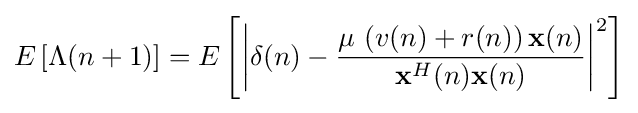
E\left[\Lambda (n+1)\right]=E\left[\left|\mathbf {\delta } (n)-{\frac {\mu \,\left(v(n)+r(n)\right)\mathbf {x} (n)}{\mathbf {x} ^{H}(n)\mathbf {x} (n)}}\right|^{2}\right]